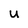
Character: U